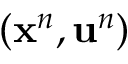
( \mathbf { x } ^ { n } , \mathbf { u } ^ { n } )